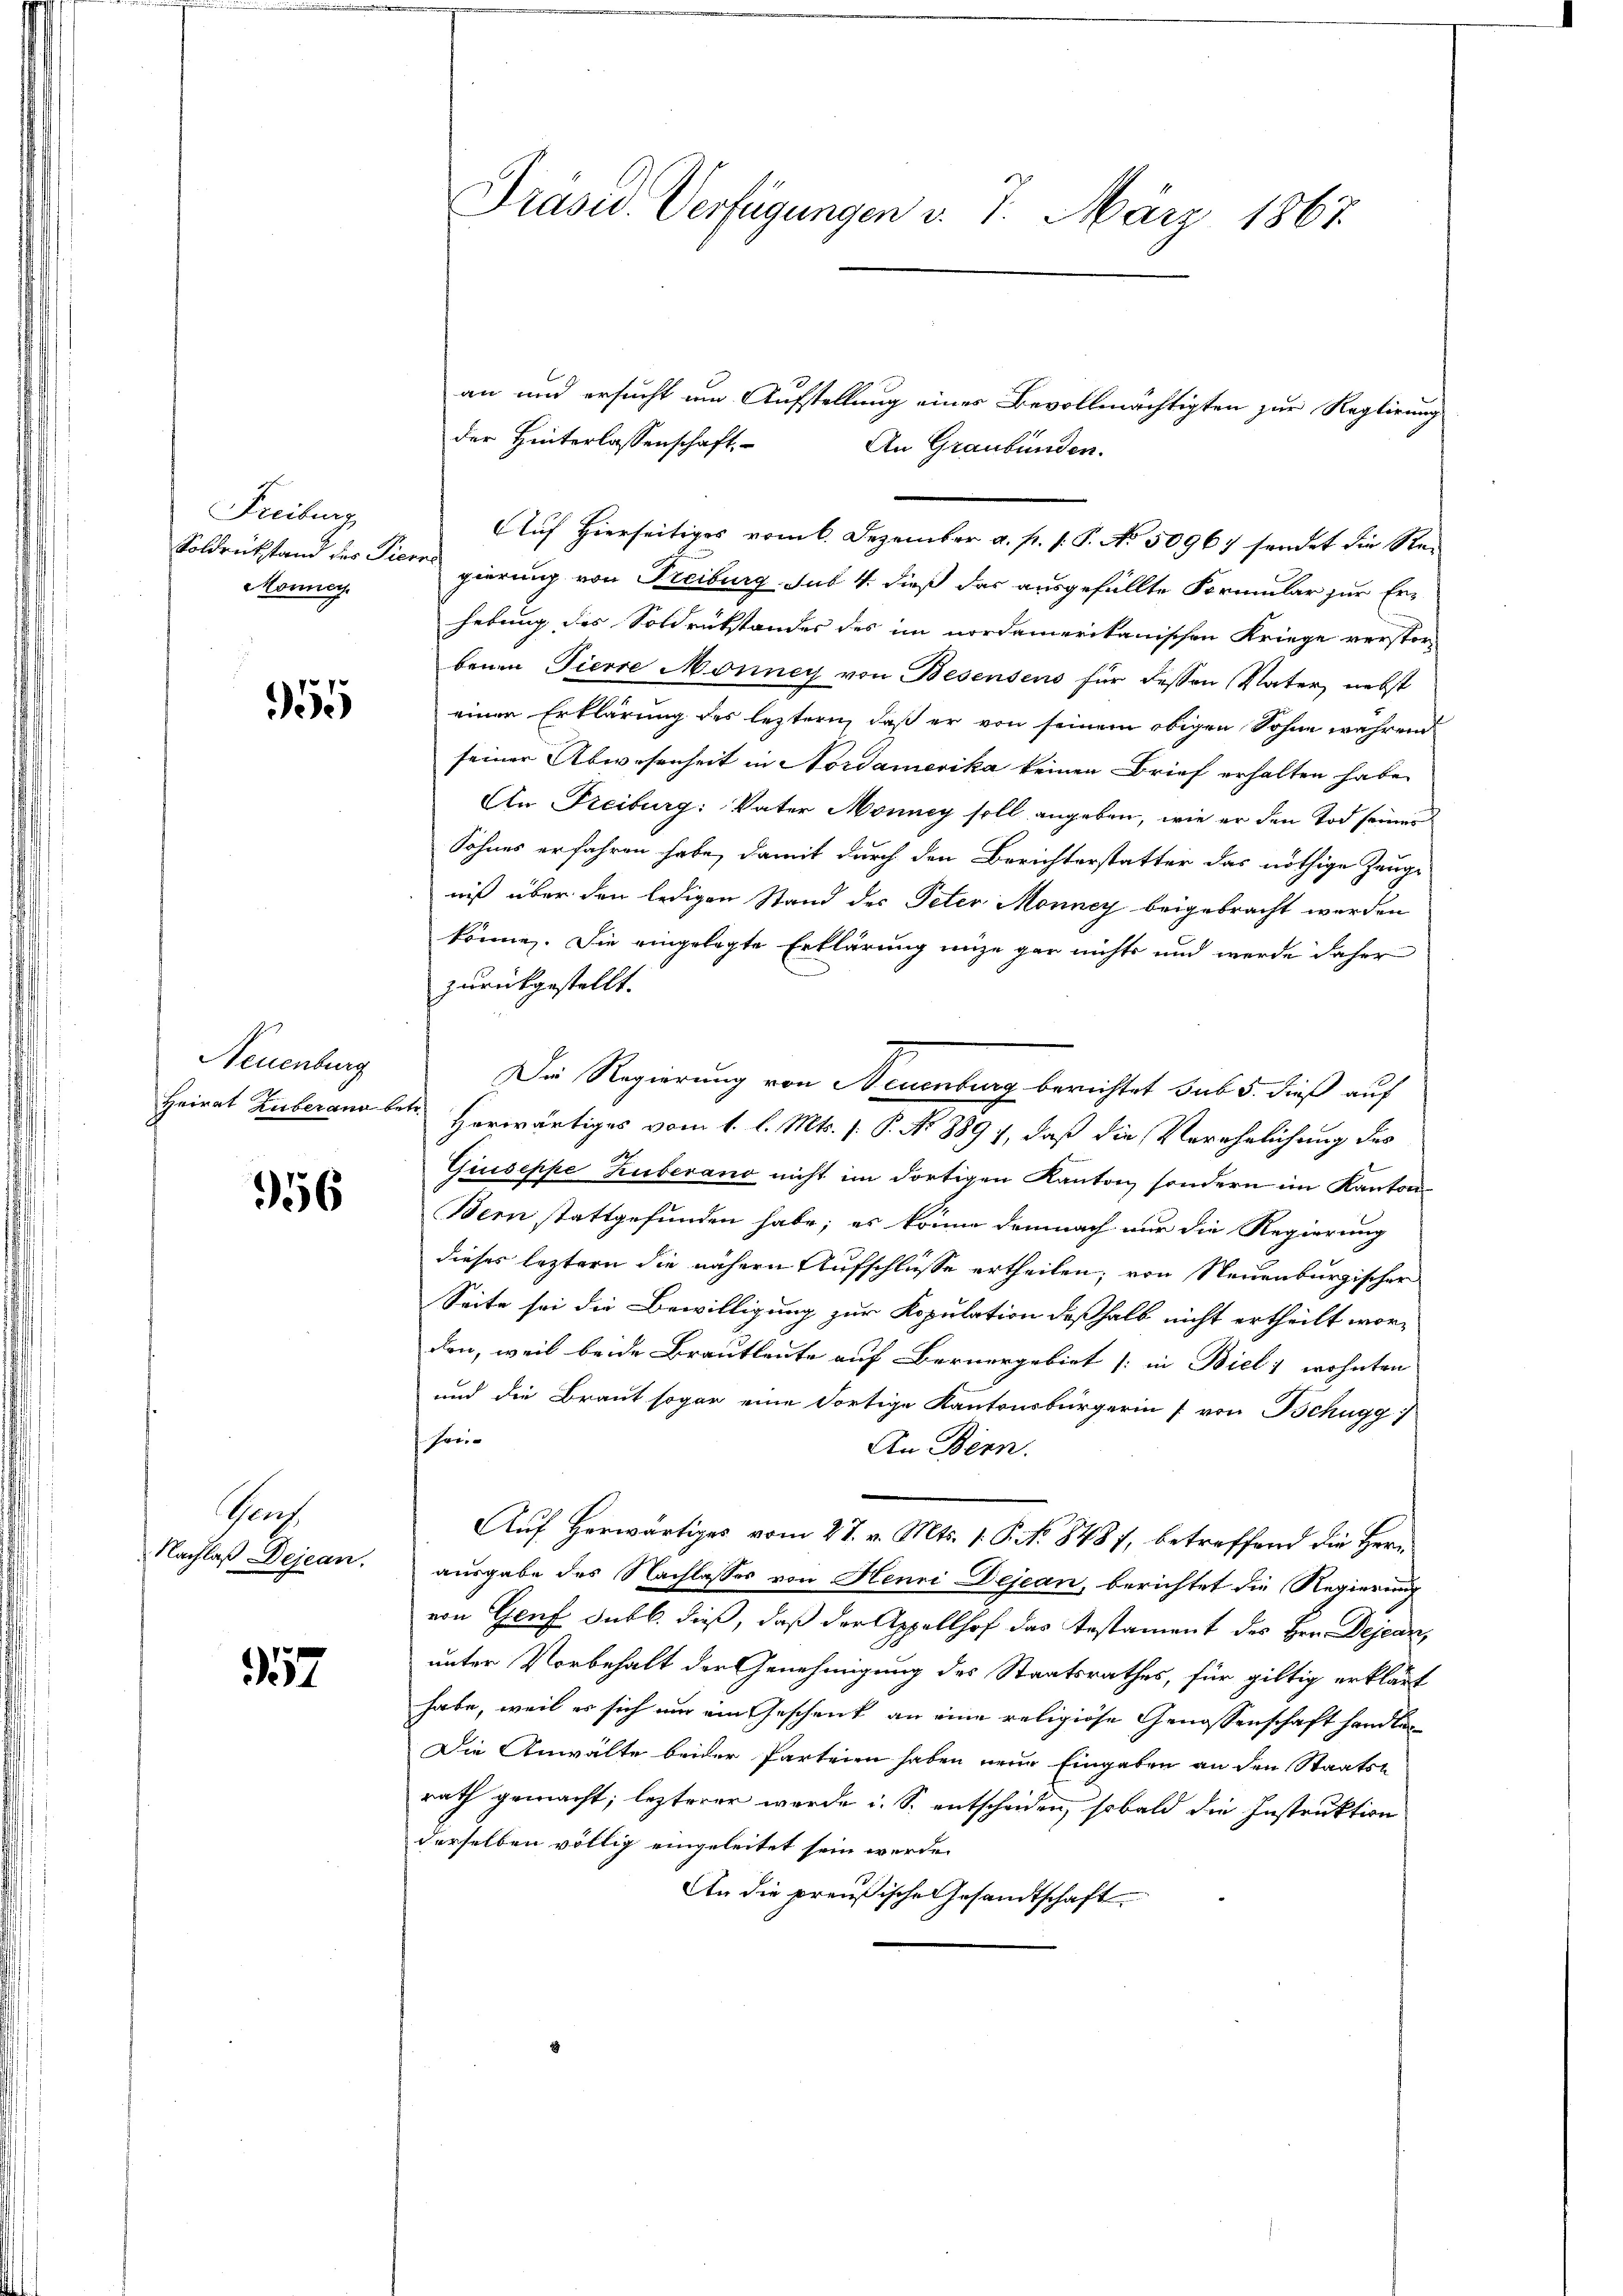
Freiburg
onner

55

Neuenburg

356

Prof
Nachlaß Dejean.

57

Präsid. Verfügungen d. 7. März 1867.

Soldrückstand des Tieres gierung von Freiburg sub 4. dieß das ausgefüllte Formular zur Erhebung des Soldrükstandes des im nordamerikanischen Kriege verstor-
benen Tierce Monney von Besensens für dessen Vater, nebst
einen Erklärung des leztern, daß er von seinem obigen Sohne während
seiner Abwesenheit in Nordamerika keinen Brief erhalten habe.
An Freiburg: Vater Monney soll angeben, wie er den Tod seiner
Sohnes erfahren habe, damit durch den Berichterstatter das nöthige Zeugniß über den ledigen Stand des Peter Monney beigebracht werden
könne. Die eingelegte Erklärung nie gar nichts und werde daher
zurückgestellt.
Die Regierung von Neuenburg berichtet sub 5. dieß auf
Heirat Zuberana betr. Herwärtiges vom 1. l. Mts. (: P. No 889 7, daß die Verehelichung des
Giuseppe Huberano nicht im dortigen Kanton, sondern im Kanton
Bern stattgefunden habe; es könne demnach nur die Regierung
dieses leztern die nähern Aufschlüsse ertheilen; von Neuenburgischer
Seite sei die Bewilligung zur Kopulation deßhalb nicht ertheilt wor-
den, weil beide Brautleute auf Bernergebiet (in Bieli wohnten
und die Braut sogar eine Fortige Kantonsbürgerin [von Bchugg
sei
An Bern.
Auf Herwärtiges vom 27. v. Mts. 1. P. No 8487, betreffend die Herausgabe des Nachlasses von Henri Dejean, berichtet die Regierung
von Genf sub b. dieß, daß der Appellhof das Testament des Hrn. Dejean,
unter Vorbehalt der Genehmigung des Staatsrathes, für giltig erklärt
habe, weil er sich nur ein Geschenk an eine religiöse Genossenschaft handlun¬
Die Anwälte beider Parteien haben neue Eingaben an den Staatsrath gemacht; lezterer werde i. S. entscheiden, sobald die Instruktion
derselben völlig eingeleitet sein werde.
An die preußische Gesandtschaft

an und ersucht um Aufstellung eines Bevollmächtigten zur Reglirung
der Hinterlassenschaft,
An Graubünden.
Auf Hierseitiges vom 6. Dezember a. p. 1. P. No 50967 sendet die Re¬